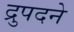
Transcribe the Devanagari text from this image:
द्रुपदने